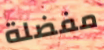
مفضلة